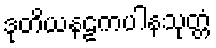
ဒုတိယနဠကပါနသုတ္တံ